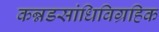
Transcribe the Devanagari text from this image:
कन्नडसांधिविग्रहिक